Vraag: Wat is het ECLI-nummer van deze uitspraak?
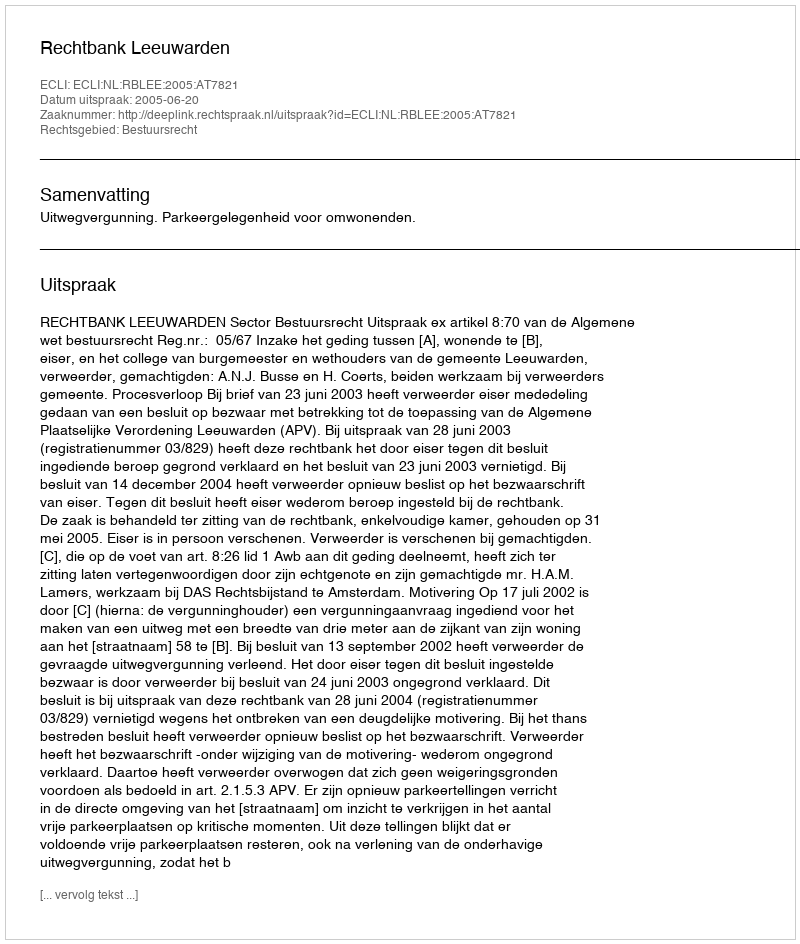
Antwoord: ECLI:NL:RBLEE:2005:AT7821